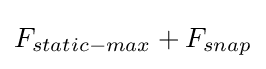
F_{static-max}+F_{snap}